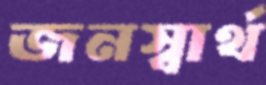
জনস্বার্থ